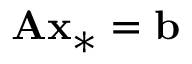
\mathbf { A x _ { * } } = \mathbf { b }